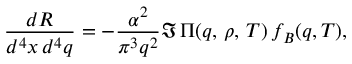
\frac { d R } { d ^ { 4 } x \, d ^ { 4 } q } = - \frac { \alpha ^ { 2 } } { \pi ^ { 3 } q ^ { 2 } } \Im \, \Pi ( q , \, \rho , \, T ) \, f _ { B } ( q , T ) ,